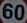
60